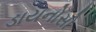
ડાયનોસો